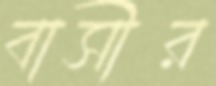
বাসীর